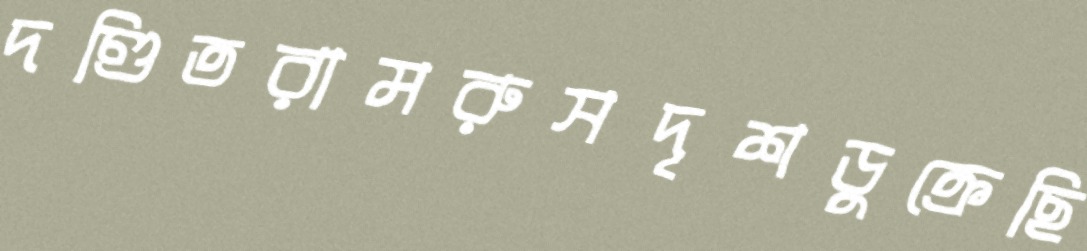
দণ্ডিতরামরুসদৃশডুক্‌রেছি